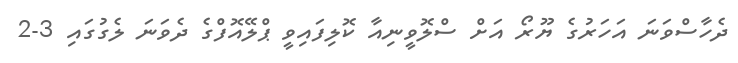
ދެހާސްވަނަ އަހަރުގެ ޔޫރޯ އަށް ސްލޮވީނިއާ ކޮލިފައިވީ ޕްލޭއޮފްގެ ދެވަނަ ލެގުގައި 3-2